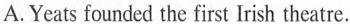
A.Yeats founded the first Irish theatre.